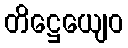
တိဋ္ဌေယျေဝ